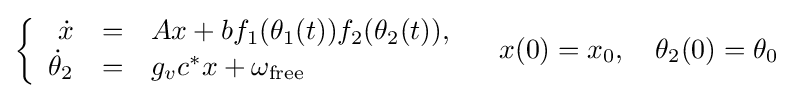
\left\{{\begin{array}{rcl}{\dot {x}}&=&Ax+bf_{1}(\theta _{1}(t))f_{2}(\theta _{2}(t)),\\{\dot {\theta }}_{2}&=&g_{v}c^{*}x+\omega _{\text{free}}\\\end{array}}\right.\quad x(0)=x_{0},\quad \theta _{2}(0)=\theta _{0}